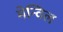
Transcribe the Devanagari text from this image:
मेन्विल